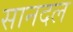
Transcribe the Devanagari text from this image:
सानदल